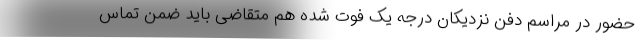
حضور در مراسم دفن نزدیکان درجه یک فوت شده هم متقاضی باید ضمن تماس